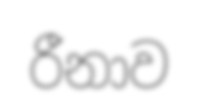
රීනාව